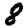
Digit: 8